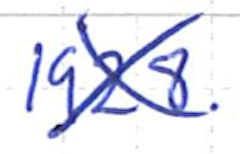
Text: 1928.
Cross-out: cross
Writing tool: ballpoint